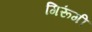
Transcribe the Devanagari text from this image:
गिरूंगी